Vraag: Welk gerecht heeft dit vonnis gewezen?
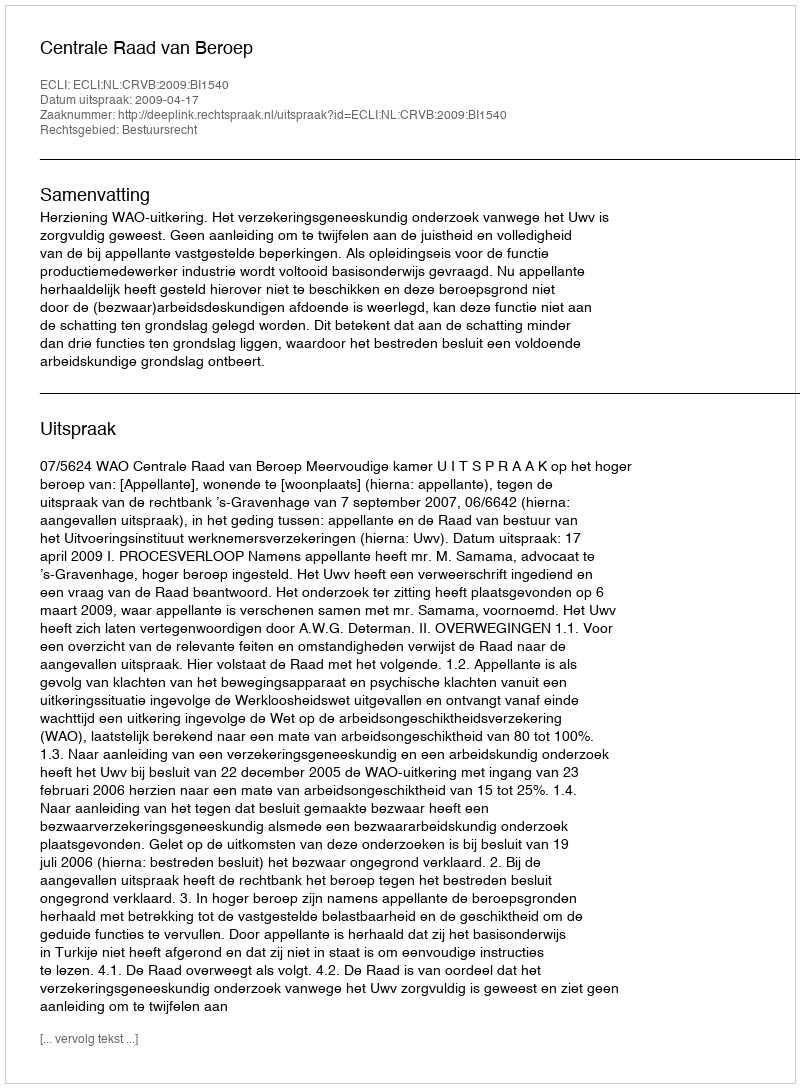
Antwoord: Centrale Raad van Beroep